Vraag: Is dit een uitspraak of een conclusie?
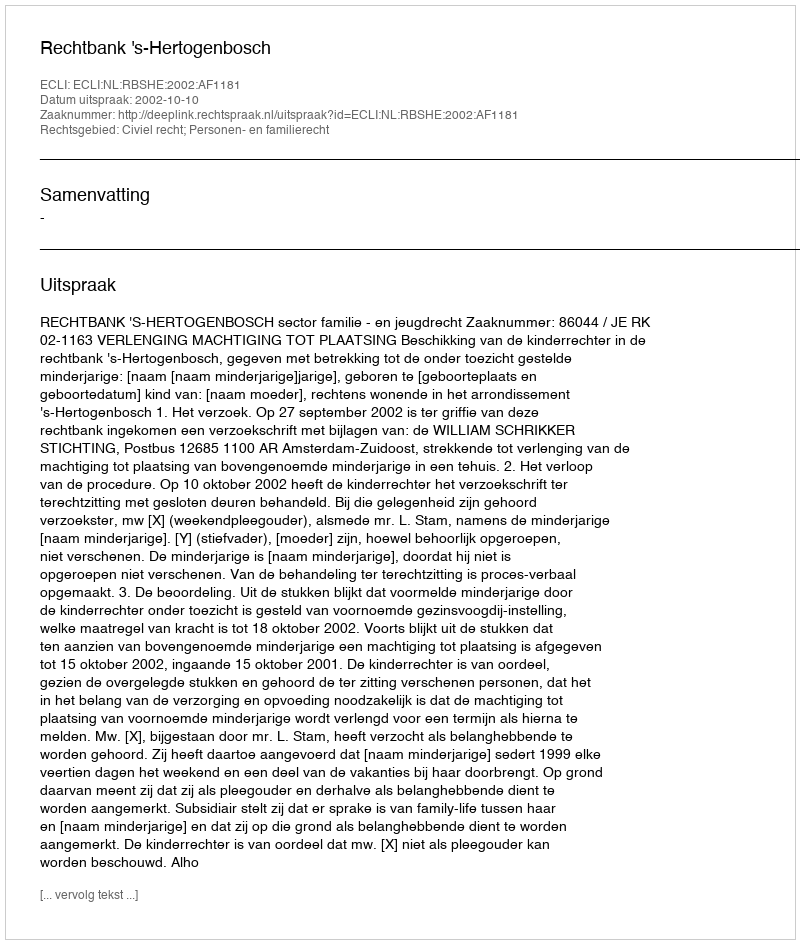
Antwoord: Uitspraak